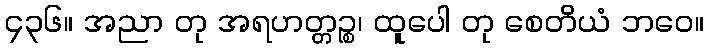
၄၃၆။ အညာ တု အရဟတ္တဉ္စ၊ ထူပေါ တု စေတိယံ ဘဝေ။